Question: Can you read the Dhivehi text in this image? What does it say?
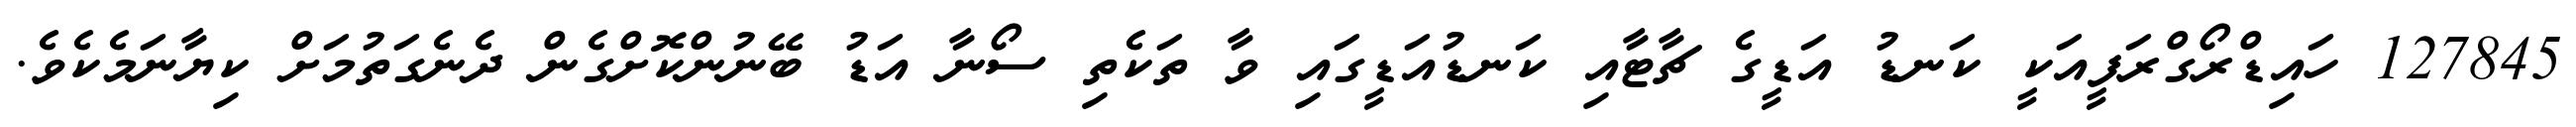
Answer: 127845 ހައިޑްރޯގްރަފީއަކީ ކަނޑު އަޑީގެ ޗާޓާއި ކަނޑުއަޑީގައި ވާ ތަކެތި ސޯނާ އަޑު ބޭނުންކޮށްގެން ދެނެގަތުމަށް ކިޔާނަމެކެވެ.